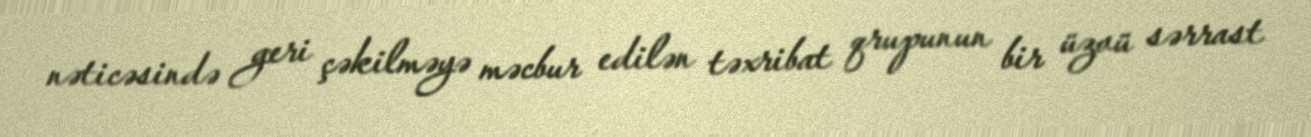
nəticəsində geri çəkilməyə məcbur edilən təxribat qrupunun bir üzvü sərrast